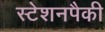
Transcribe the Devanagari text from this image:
स्टेशनपैकी